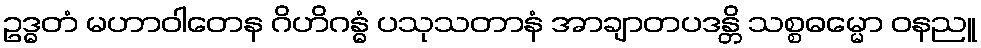
ဥဒ္ဓတံ မဟာဝါတေန ဂိဟိဂန္ဓံ ပသုသတာနံ အာချာတပဒန္တိ သစ္စဓမ္မော ဝနညူ